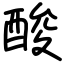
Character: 酸